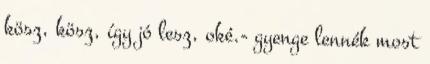
kösz, kösz, így jó lesz, oké.- gyenge lennék most